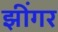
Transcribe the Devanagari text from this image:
झींगर